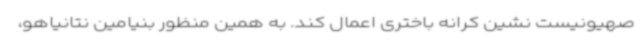
صهیونیست نشین کرانه باختری اعمال کند. به همین منظور بنیامین نتانیاهو،